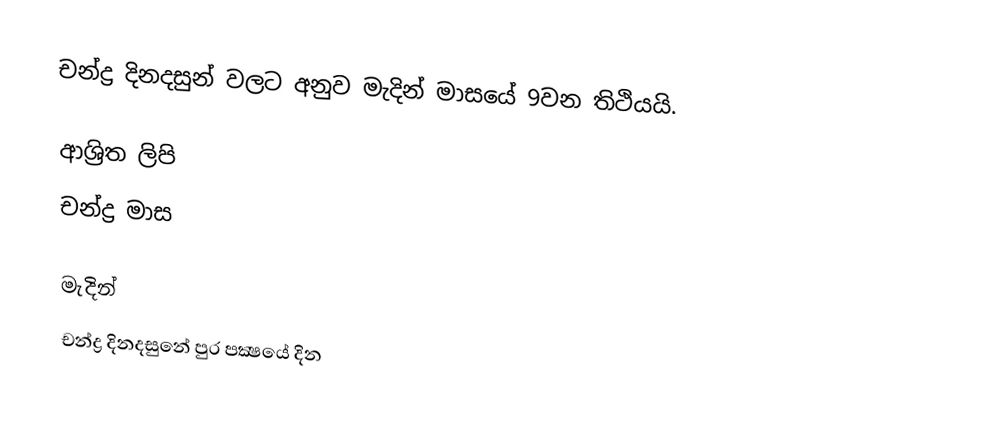
චන්ද්‍ර දිනදසුන් වලට අනුව මැදින් මාසයේ 9වන තිථියයි.

ආශ්‍රිත ලිපි
 චන්ද්‍ර මාස

මැදින්
චන්ද්‍ර දිනදසුනේ පුර පක්‍ෂයේ දින